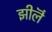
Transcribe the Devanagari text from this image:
झीलॆं